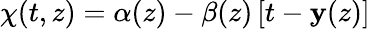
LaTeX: \chi(t,z)=\alpha(z)-\beta(z)\left[t-\mathbf{y}(z)\right]